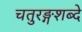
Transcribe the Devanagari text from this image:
चतुरङ्गशब्दे